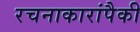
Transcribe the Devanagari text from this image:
रचनाकारांपैकी